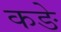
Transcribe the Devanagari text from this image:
कङे